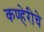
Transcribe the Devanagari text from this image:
कण्हेरीचे